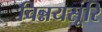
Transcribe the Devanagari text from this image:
चिन्नयसूरि